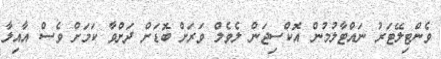
ވެންޓިލޭޓަރު ނައްޓާލުމުން އޮކްސިޖަން ލެވެލް ވަރަށް ބޮޑަށް ދަށްވާ ކަމަށް ވެސް އާއިލާ